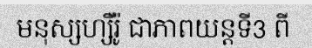
មនុស្សហ្សឺរ៉ូ ជាភាពយន្តទី3 ពី